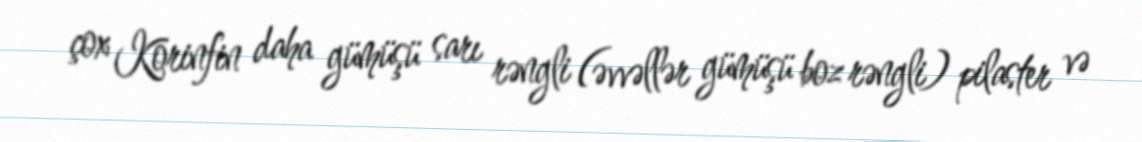
çox Korinfin daha gümüşü sarı rəngli (əvvəllər gümüşü boz rəngli) pilaster və